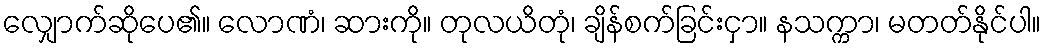
လျှောက်ဆိုပေ၏။ လောဏံ၊ ဆားကို။ တုလယိတုံ၊ ချိန်စက်ခြင်းငှာ။ နသက္ကာ၊ မတတ်နိုင်ပါ။